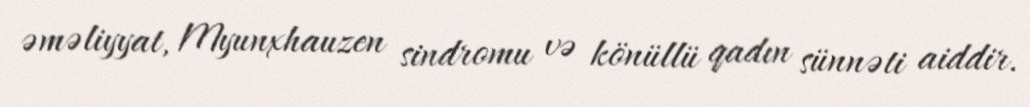
əməliyyat, Myunxhauzen sindromu və könüllü qadın sünnəti aiddir.